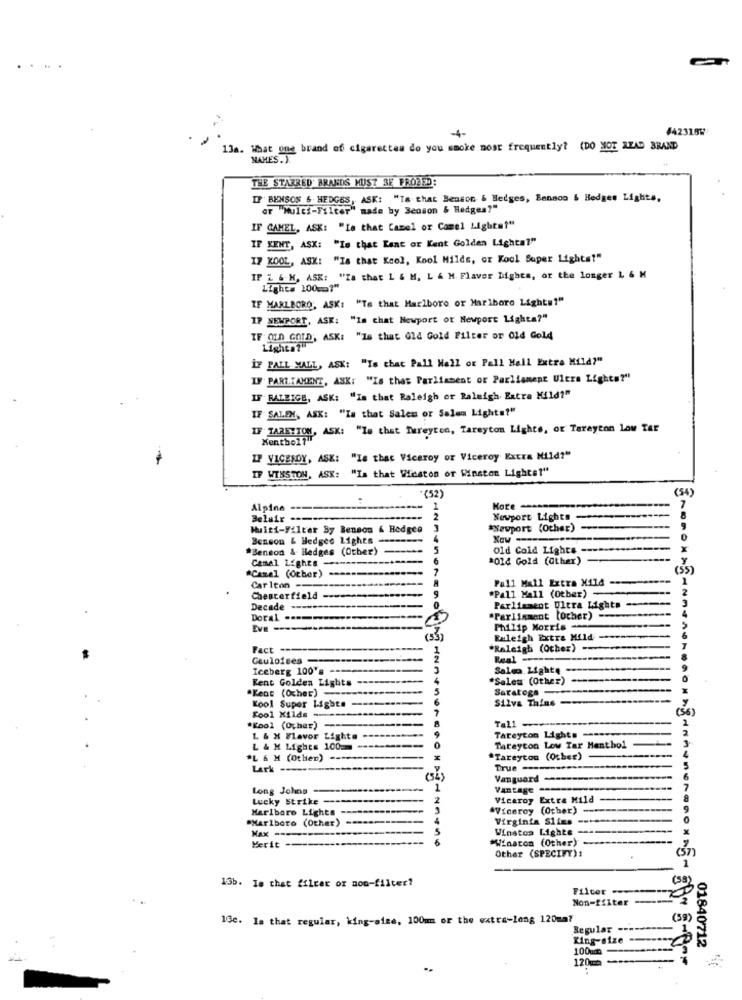
#42318W
4-
13a. What one brand of cigarettes do you smoke most frequently? (DO NOT READ BRAND
NAMES.Y.
THE STARRED' BRANDS MUST SE PROZED:
IF BENSON & HEDGES, ASK: "Ts that Benson & Hedges, Benson & Hedges Lights,
OF "Multi-Filter" made by Benson & Hedges?"
IF CAMEL, ASK: "Ie that Camel or Camel Lightat"
IF KENT, ASK: "Is that Kant or Kent Golden Lightal"
IF KOOL, ASK: "Is that Kool, Kool Milde, or Kool Super Lightst"
IF L & M, ASK: "Za that L & M, L & M. Flavor Lights, or the longer L & M
Lights 100cm1"
IF MARLBORO, ASK: "Te that Marlboro or Marlboro Lights""
IP NEWPORT, ASK: "Is chat Newport or Newport Lighta?"
IF OLD GOLD, ASK: "Is that old Gold Filter or Old Gold
Light 1
IF PALL MALL, ASK: "Is chat Pall Mall or Pall Mall Extra Mild?"
IF PART.TAMENT, ASK: "Is that Parliament of Parliament Ultra Lights?"
IF BALBIGE, ASK: "In that Raleigh or Raleigh Extra Mild?"
IF SALEM, ASK: "Is that Salen or Salen Lights?"
IF TAREYTON, ASK: "Ie that Tureyten, Tareyton Lights, or Tareyton Low Tar
Menthol?"
IP VICEROY, ASK: "Is that Viceroy or Viceroy Extra Mild?"
IF WINSTON, ASK: "Is that Winston or Winston Lightet"
(54)
*(52)
Alpine
Kote
7
Belair --------
Newport Lights
Multi-Filter By Benson & Hedges 3
*Newport (Other)
Benson & Hedges Lights ---
*Benson & Hedges (Other)
5
Old Cold Lights
X
Camel Lights
*014 Gold (Other)
y
(55)
*Caxel (Ocher)
Pall Mall Extra Xila
1
Carlton ---
Chesterfield -------
9
"Pall Mall (Other) -
3
Decade -----
Parliament Ultra Lights
Doral --------------
"Parliament [Ocher)
Eve ---
Philip Morris
Raleigh Extra Mild -
Fact -----
1
*Raleigh (Ocher) --
Gauloises --
Iceberg 100's ----
Saldo Light ---
Kent Golden Lights -----
*Sales (Other)
Saratoga --
"Kent (Ocher) ---
Silva Thins
Kool Super Light. -----
Kool Kilde ----------.
(56)
Tall ---
1
*Kool (Ocher) ---
8
Tateyton Light. -...
L & X Flavor Lighte
L & M Lighes 100
Tateycon Low Tar Menthol
*L & M (Other) -----
*Tareyton (Other)
urk ----
True-
Vanguard
Long Johns
-
Vantage --
Lucky Strike -
2
Viceroy Extra Mild ----
Marlboro Lights -
WViceroy (Other)
----
"Marlboro (Other)
Virginia Slims ---
Winston Lights
Merit-
6
*Winatom (Other)
Other (SPECIFY):
1
13b. Is that filcar or non-filter?
Filter -----
Non-filter -
13c. la that regular, king-size, 100mm or the extra-long 120ma?
Regular -----
King-size --
100ud
01840712
120mm